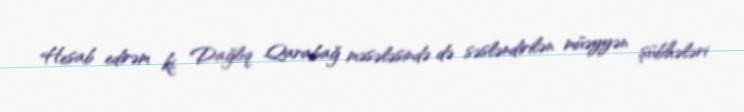
Hesab edirəm ki, Dağlıq Qarabağ məsələsində də səsləndirilən müəyyən şübhələri